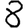
Digit: 8